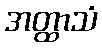
အတ္ထာသံ